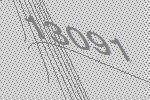
13091